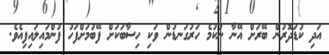
އަދި ކުޑަދޮރުން ބޭރަށް އޭނާ ނުކުމެ ހަރުގަނޑުން ވަކި ހިސާބަކަށް ފޭބުމަށްފަހު ފުންމައިލައިފިއެވެ.